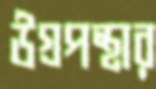
উগ্রপন্থার